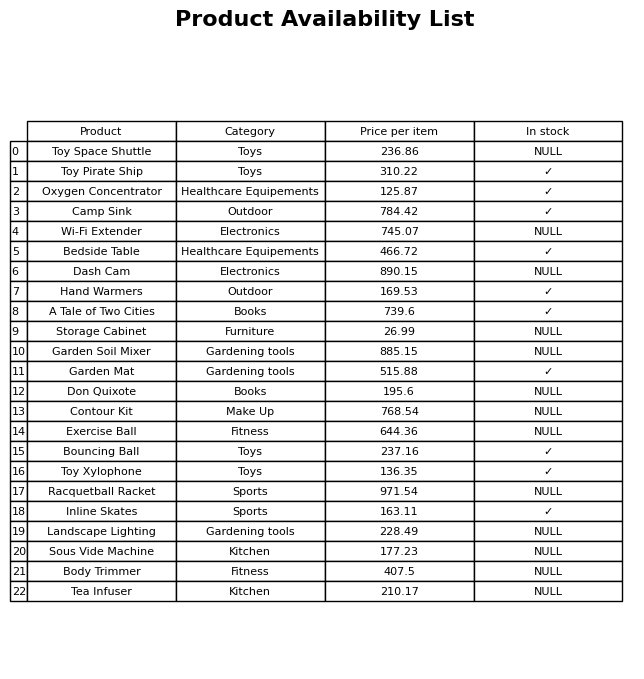
question: What is the price of the Inline Skates?
answer: The price of Inline Skates is 163.11.